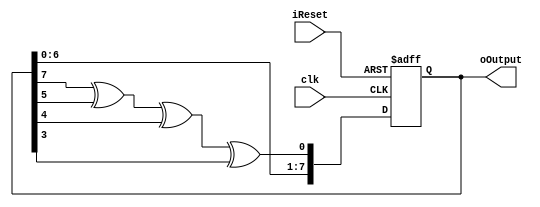
module prng #(
    parameter N = 8
) (
    input clk,
    input iReset,
    output reg [N-1:0] oOutput
);
    localparam seed = 31;
    wire feedback;
    assign feedback = oOutput[N-1] ^ oOutput[5] ^ oOutput[4] ^ oOutput[3];

    always @(posedge clk, posedge iReset) begin
        if (iReset)
            oOutput <= seed;
        else 
            oOutput <= {oOutput[N-2:0], feedback};
    end
    
endmodule